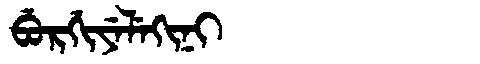
Manchu: ᠪᡠᡵᡤᡳᠶᡝᠯᡝᡴᡳᠨᡳ
Romanization: BURGIYELEKINI